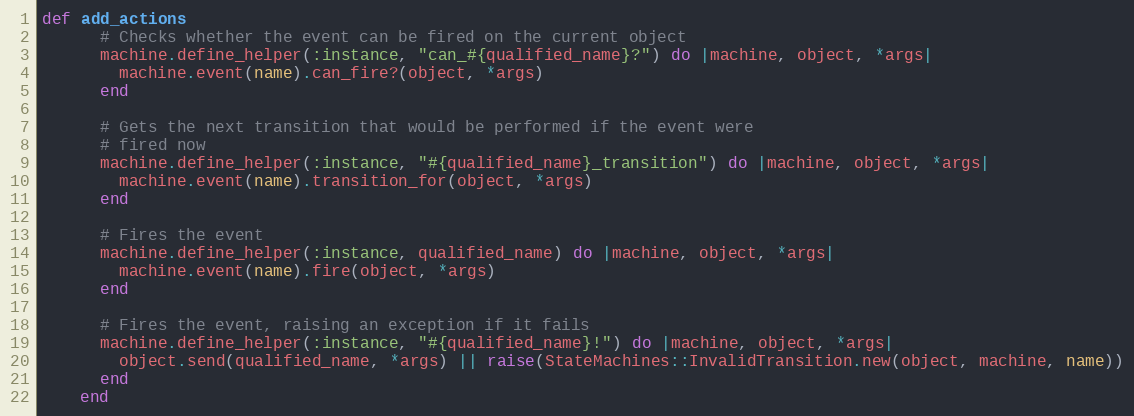
Language: Ruby
def add_actions
      # Checks whether the event can be fired on the current object
      machine.define_helper(:instance, "can_#{qualified_name}?") do |machine, object, *args|
        machine.event(name).can_fire?(object, *args)
      end

      # Gets the next transition that would be performed if the event were
      # fired now
      machine.define_helper(:instance, "#{qualified_name}_transition") do |machine, object, *args|
        machine.event(name).transition_for(object, *args)
      end

      # Fires the event
      machine.define_helper(:instance, qualified_name) do |machine, object, *args|
        machine.event(name).fire(object, *args)
      end

      # Fires the event, raising an exception if it fails
      machine.define_helper(:instance, "#{qualified_name}!") do |machine, object, *args|
        object.send(qualified_name, *args) || raise(StateMachines::InvalidTransition.new(object, machine, name))
      end
    end